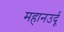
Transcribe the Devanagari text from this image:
महानउर्दू